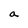
Character: a